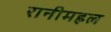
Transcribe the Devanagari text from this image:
रानीमहल